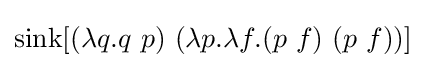
\operatorname {sink} [(\lambda q.q\ p)\ (\lambda p.\lambda f.(p\ f)\ (p\ f))]